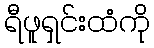
ရီဖူရှင်းထံကို